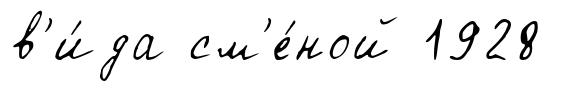
в'и́да см'е́ной 1928